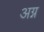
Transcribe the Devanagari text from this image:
अग्न